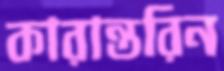
কারান্তরিন